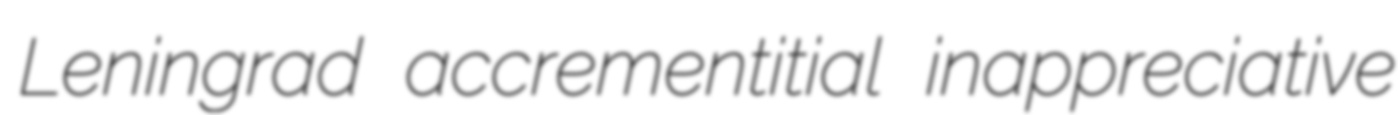
Leningrad accrementitial inappreciative